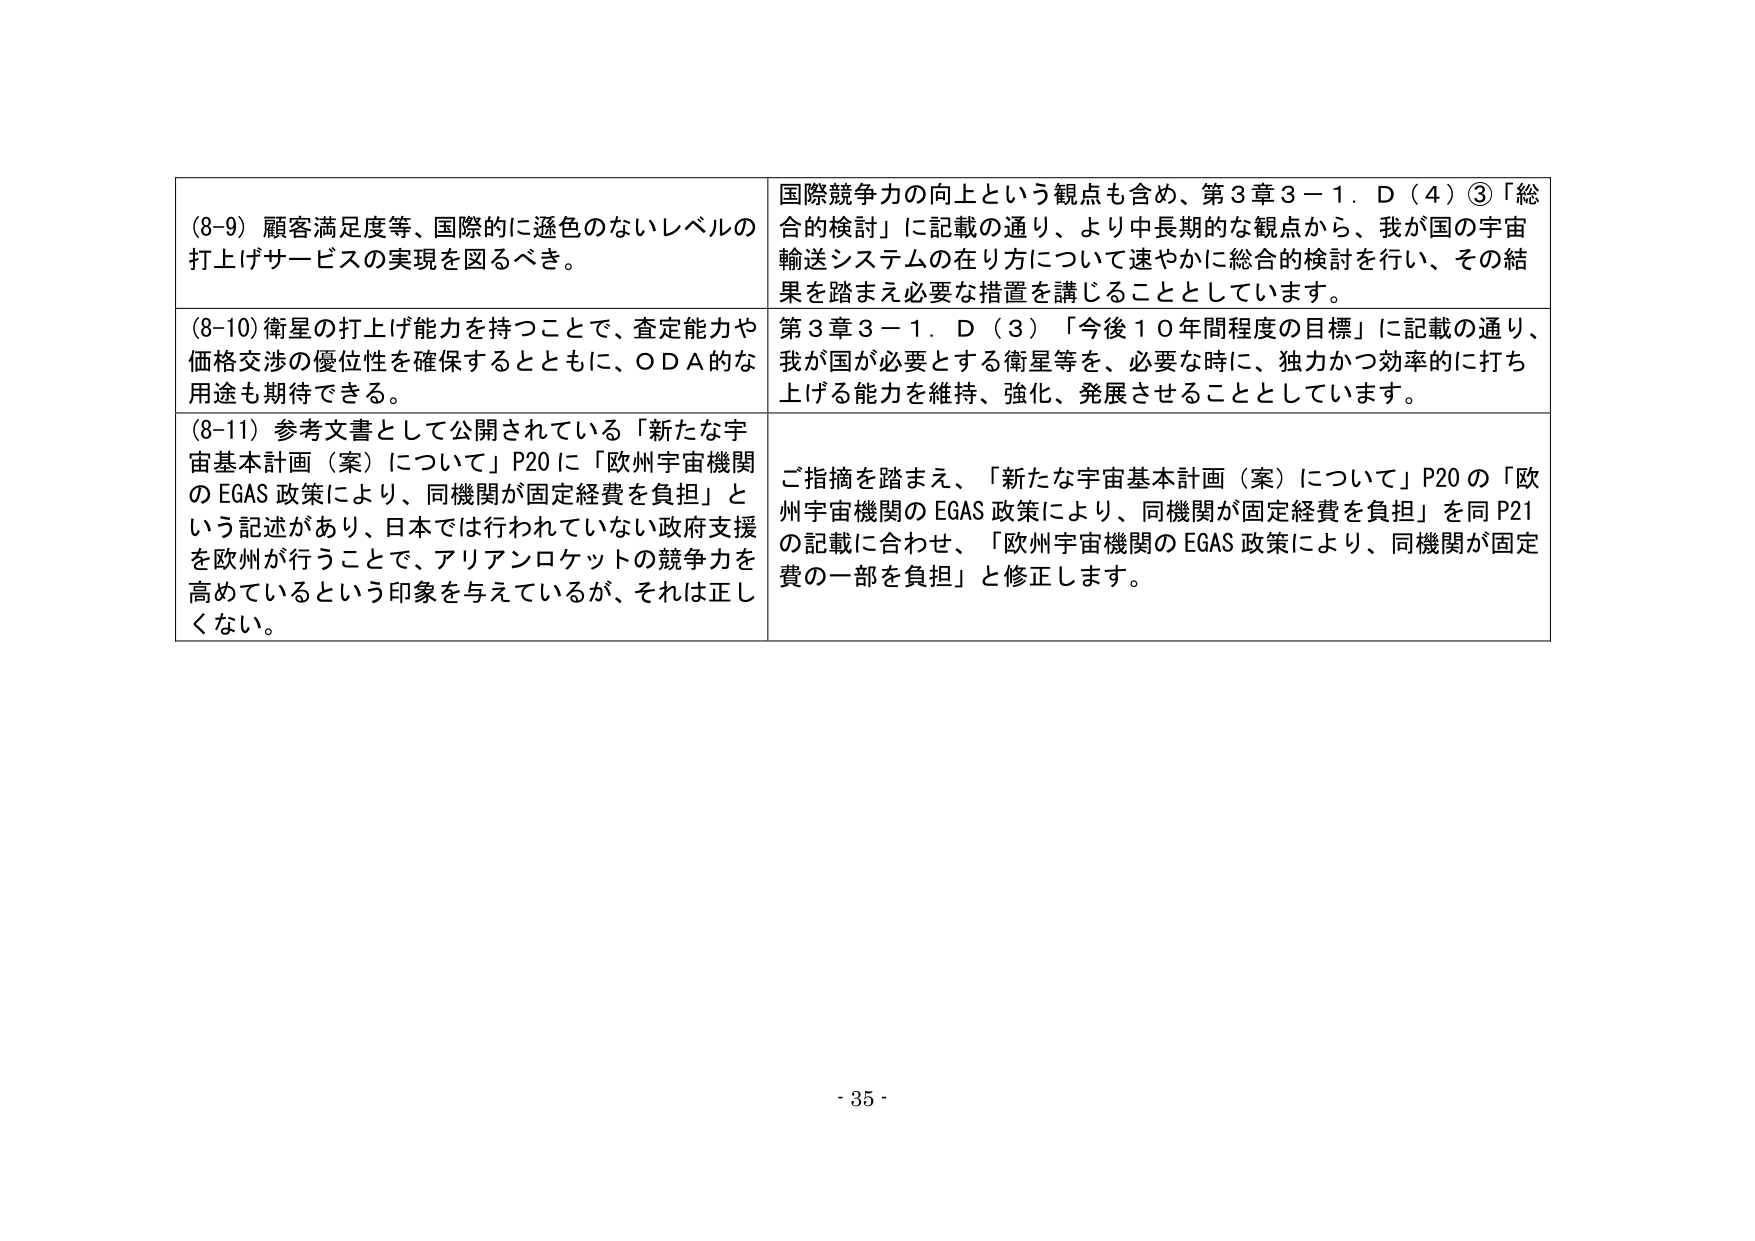
(8-9) 顧客満足度等、国際的に遜色のないレベルの打上げサービスの実現を図るべき。

(8-10) 衛星の打上げ能力を持つことで、査定能力や価格交渉の優位性を確保するとともに、ＯＤＡ的な用途も期待できる。

(8-11) 参考文書として公開されている「新たな宇宙基本計画（案）について」P20に「欧州宇宙機関のEGAS政策により、同機関が固定経費を負担」という記述があり、日本では行われていない政府支援を欧州が行うことで、アリアンロケットの競争力を高めているという印象を与えているが、それは正しくない。

国際競争力の向上という観点も含め、第3章3－1．D（4）③「総合的検討」に記載の通り、より中長期的な観点から、我が国の宇宙輸送システムの在り方について速やかに総合的検討を行い、その結果を踏まえ必要な措置を講じることとしています。

第3章3－1．D（3）「今後10年間程度の目標」に記載の通り、我が国が必要とする衛星等を、必要な時に、独力かつ効率的に打ち上げる能力を維持、強化、発展させることとしています。

ご指摘を踏まえ、「新たな宇宙基本計画（案）について」P20の「欧州宇宙機関のEGAS政策により、同機関が固定経費を負担」を同P21の記載に合わせ、「欧州宇宙機関のEGAS政策により、同機関が固定費の一部を負担」と修正します。

- 35 -